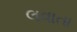
લવાતા